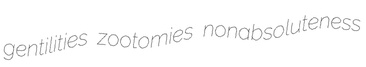
gentilities zootomies nonabsoluteness